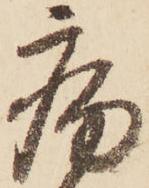
病